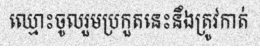
ឈ្មោះចូលរួមប្រកួតនេះនឹងត្រូវកាត់